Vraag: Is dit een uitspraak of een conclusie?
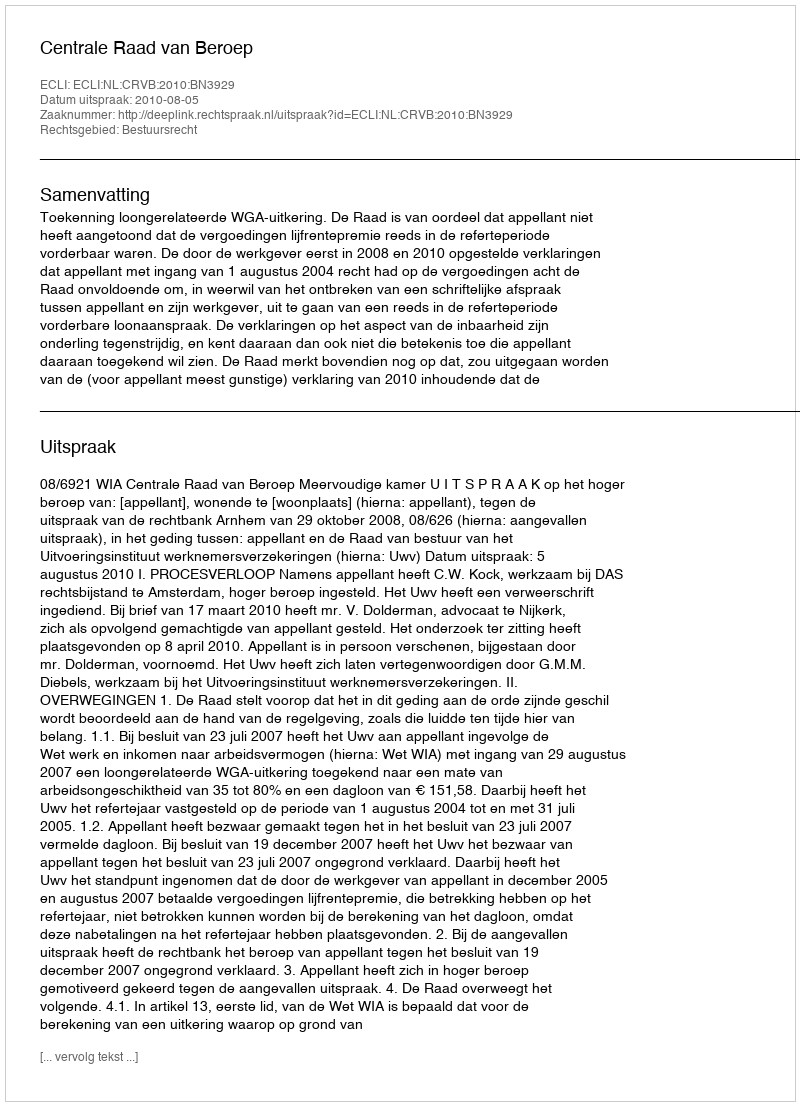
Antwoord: Uitspraak